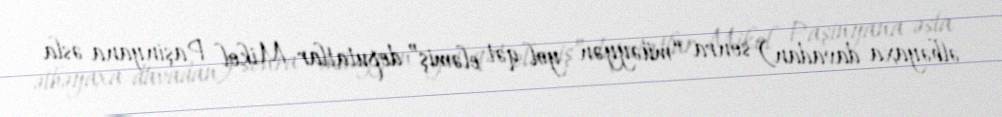
əlbəyaxa davadan) sonra “müəyyən yol qət eləmiş” deputatlar Mikol Paşinyana əsla